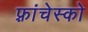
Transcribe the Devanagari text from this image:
फ़्रांचेस्को